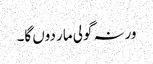
ورنہ گولی مار دوں گا۔